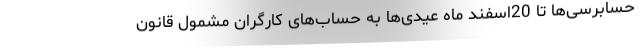
حسابرسی‌ها تا 20اسفند ماه عیدی‌ها به حساب‌های کارگران مشمول قانون